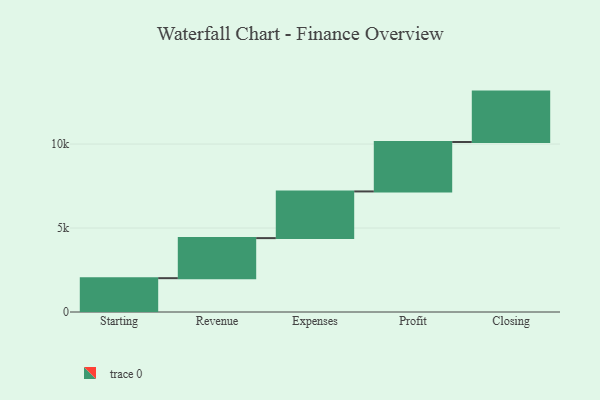
{"axis": {"x": "Step", "y": "Value"}, "legend": [""], "data": [{"x": "Starting", "y": 2014.0, "type": ""}, {"x": "Revenue", "y": 2385.0, "type": ""}, {"x": "Expenses", "y": 2780.0, "type": ""}, {"x": "Profit", "y": 2944.0, "type": ""}, {"x": "Closing", "y": 3000, "type": ""}]}